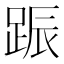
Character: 䟴